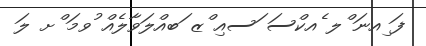
ފަ ިއނަ ްލ ެއކްސަ ަސއި ްޒ ަބއްލަވާލެއް ުވމަ ްށ ލަ